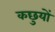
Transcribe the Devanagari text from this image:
कछुयों